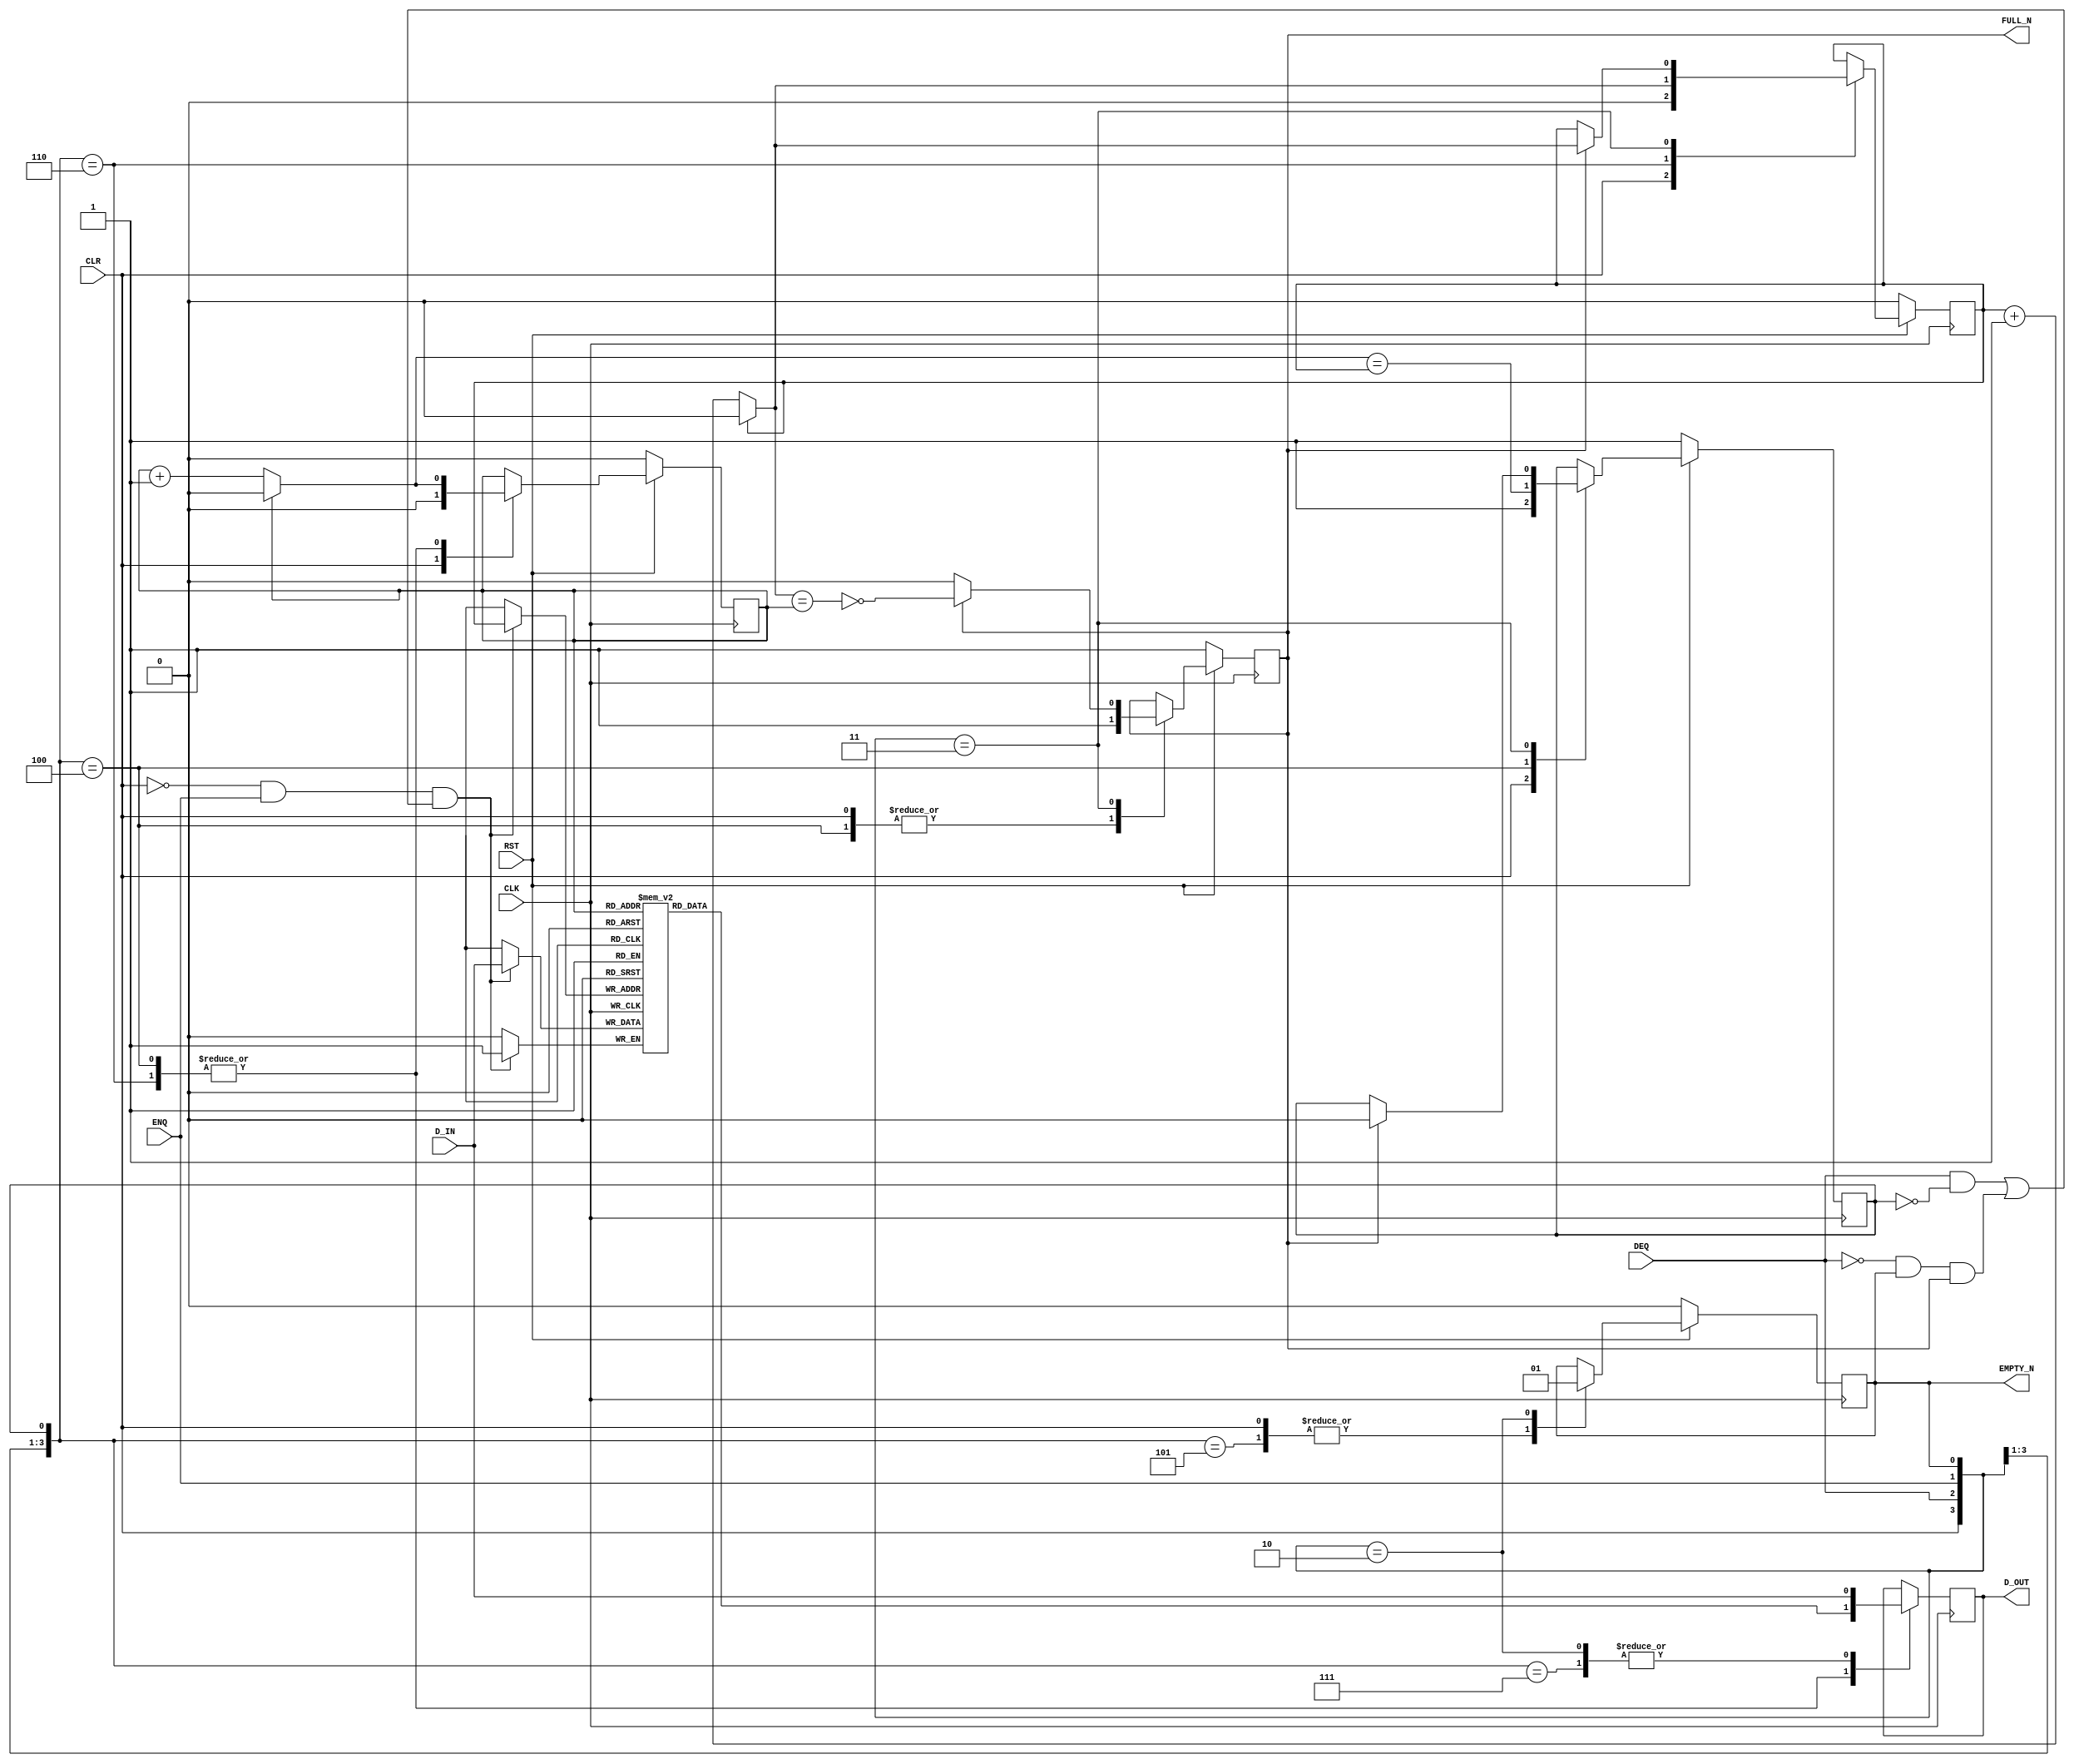
/*
    SPDX-License-Identifier: BSD-3-Clause

    SPDX-FileCopyrightText: Copyright (c) 2020 Bluespec, Inc. All rights reserved.
*/

`ifdef BSV_ASSIGNMENT_DELAY
`else
  `define BSV_ASSIGNMENT_DELAY
`endif

`ifdef BSV_POSITIVE_RESET
  `define BSV_RESET_VALUE 1'b1
  `define BSV_RESET_EDGE posedge
`else
  `define BSV_RESET_VALUE 1'b0
  `define BSV_RESET_EDGE negedge
`endif

`ifdef BSV_ASYNC_RESET
 `define BSV_ARESET_EDGE_META or `BSV_RESET_EDGE RST
`else
 `define BSV_ARESET_EDGE_META
`endif

`ifdef BSV_RESET_FIFO_HEAD
 `define BSV_ARESET_EDGE_HEAD `BSV_ARESET_EDGE_META
`else
 `define BSV_ARESET_EDGE_HEAD
`endif

`ifdef BSV_RESET_FIFO_ARRAY
 `define BSV_ARESET_EDGE_ARRAY `BSV_ARESET_EDGE_META
`else
 `define BSV_ARESET_EDGE_ARRAY
`endif


// Sized fifo.  Model has output register which improves timing
module SizedFIFO(CLK, RST, D_IN, ENQ, FULL_N, D_OUT, DEQ, EMPTY_N, CLR);
   parameter               p1width = 1; // data width
   parameter               p2depth = 3;
   parameter               p3cntr_width = 1; // log(p2depth-1)
   // The -1 is allowed since this model has a fast output register
   parameter               guarded = 1'b1;
   localparam              p2depth2 = (p2depth >= 2) ? (p2depth -2) : 0 ;

   input                   CLK;
   input                   RST;
   input                   CLR;
   input [p1width - 1 : 0] D_IN;
   input                   ENQ;
   input                   DEQ;

   output                  FULL_N;
   output                  EMPTY_N;
   output [p1width - 1 : 0] D_OUT;

   reg                      not_ring_full;
   reg                      ring_empty;

   reg [p3cntr_width-1 : 0] head;
   wire [p3cntr_width-1 : 0] next_head;

   reg [p3cntr_width-1 : 0]  tail;
   wire [p3cntr_width-1 : 0] next_tail;

   // if the depth is too small, don't create an ill-sized array;
   // instead, make a 1-sized array and let the initial block report an error
   (* RAM_STYLE = "DISTRIBUTED" *)
   reg [p1width - 1 : 0]     arr[0: p2depth2];

   reg [p1width - 1 : 0]     D_OUT;
   reg                       hasodata;

   wire [p3cntr_width-1:0]   depthLess2 = p2depth2[p3cntr_width-1:0] ;

   wire [p3cntr_width-1 : 0] incr_tail;
   wire [p3cntr_width-1 : 0] incr_head;

   assign                    incr_tail = tail + 1'b1 ;
   assign                    incr_head = head + 1'b1 ;

   assign    next_head = (head == depthLess2 ) ? {p3cntr_width{1'b0}} : incr_head ;
   assign    next_tail = (tail == depthLess2 ) ? {p3cntr_width{1'b0}} : incr_tail ;

   assign    EMPTY_N = hasodata;
   assign    FULL_N  = not_ring_full;

`ifdef BSV_NO_INITIAL_BLOCKS
`else // not BSV_NO_INITIAL_BLOCKS
   // synopsys translate_off
   initial
     begin : initial_block
        integer   i;
        D_OUT         = {((p1width + 1)/2){2'b10}} ;

        ring_empty    = 1'b1;
        not_ring_full = 1'b1;
        hasodata      = 1'b0;
        head          = {p3cntr_width {1'b0}} ;
        tail          = {p3cntr_width {1'b0}} ;

        for (i = 0; i <= p2depth2; i = i + 1)
          begin
             arr[i]   = D_OUT ;
          end
     end
   // synopsys translate_on
`endif // BSV_NO_INITIAL_BLOCKS


   always @(posedge CLK `BSV_ARESET_EDGE_META)
     begin
        if (RST == `BSV_RESET_VALUE)
          begin
             head <= `BSV_ASSIGNMENT_DELAY {p3cntr_width {1'b0}} ;
             tail <= `BSV_ASSIGNMENT_DELAY {p3cntr_width {1'b0}} ;
             ring_empty <= `BSV_ASSIGNMENT_DELAY 1'b1;
             not_ring_full <= `BSV_ASSIGNMENT_DELAY 1'b1;
             hasodata <= `BSV_ASSIGNMENT_DELAY 1'b0;
          end // if (RST == `BSV_RESET_VALUE)
        else
         begin

             casez ({CLR, DEQ, ENQ, hasodata, ring_empty})
               // Clear operation
               5'b1????: begin
                  head          <= `BSV_ASSIGNMENT_DELAY {p3cntr_width {1'b0}} ;
                  tail          <= `BSV_ASSIGNMENT_DELAY {p3cntr_width {1'b0}} ;
                  ring_empty    <= `BSV_ASSIGNMENT_DELAY 1'b1;
                  not_ring_full <= `BSV_ASSIGNMENT_DELAY 1'b1;
                  hasodata      <= `BSV_ASSIGNMENT_DELAY 1'b0;
               end
               // -----------------------
               // DEQ && ENQ case -- change head and tail if added to ring
               5'b011?0: begin
                  tail          <= `BSV_ASSIGNMENT_DELAY next_tail;
                  head          <= `BSV_ASSIGNMENT_DELAY next_head;
               end
               // -----------------------
               // DEQ only and NO data is in ring
               5'b010?1: begin
                  hasodata <= `BSV_ASSIGNMENT_DELAY 1'b0;
               end
               // DEQ only and data is in ring (move the head pointer)
               5'b010?0: begin
                  head          <= `BSV_ASSIGNMENT_DELAY next_head;
                  not_ring_full <= `BSV_ASSIGNMENT_DELAY 1'b1;
                  ring_empty    <= `BSV_ASSIGNMENT_DELAY next_head == tail ;
               end
               // -----------------------
               // ENQ only when empty
               5'b0010?: begin
                  hasodata      <= `BSV_ASSIGNMENT_DELAY 1'b1;
                  end
               // ENQ only when not empty
               5'b0011?: begin
                  if ( not_ring_full ) // Drop this test to save redundant test
                    // but be warnned that with test fifo overflow causes loss of new data
                    // while without test fifo drops all but head entry! (pointer overflow)
                   begin
                      tail          <= `BSV_ASSIGNMENT_DELAY next_tail;
                      ring_empty    <= `BSV_ASSIGNMENT_DELAY 1'b0;
                      not_ring_full <= `BSV_ASSIGNMENT_DELAY ! (next_tail == head) ;
                   end
               end
             endcase
         end // else: !if(RST == `BSV_RESET_VALUE)
     end // always @ (posedge CLK)

   // Update the fast data out register
   always @(posedge CLK `BSV_ARESET_EDGE_HEAD)
     begin
`ifdef  BSV_RESET_FIFO_HEAD
        if (RST == `BSV_RESET_VALUE)
          begin
             D_OUT    <= `BSV_ASSIGNMENT_DELAY {p1width {1'b0}} ;
          end // if (RST == `BSV_RESET_VALUE)
        else
`endif
        begin
             casez ({CLR, DEQ, ENQ, hasodata, ring_empty})
               // DEQ && ENQ cases
               5'b011?0: begin D_OUT <= `BSV_ASSIGNMENT_DELAY arr[head]; end
               5'b011?1: begin D_OUT <= `BSV_ASSIGNMENT_DELAY D_IN; end
               // DEQ only and data is in ring
               5'b010?0: begin D_OUT <= `BSV_ASSIGNMENT_DELAY arr[head]; end
               // ENQ only when empty
               5'b0010?: begin D_OUT <= `BSV_ASSIGNMENT_DELAY D_IN; end
             endcase
          end // else: !if(RST == `BSV_RESET_VALUE)
     end // always @ (posedge CLK)

   // Update the memory array  reset is OFF
   always @(posedge CLK `BSV_ARESET_EDGE_ARRAY)
     begin: array
`ifdef BSV_RESET_FIFO_ARRAY
        if (RST == `BSV_RESET_VALUE)
          begin: rst_array
             integer i;
             for (i = 0; i <= p2depth2 && p2depth > 2; i = i + 1)
               begin
                   arr[i]  <= `BSV_ASSIGNMENT_DELAY {p1width {1'b0}} ;
               end
          end // if (RST == `BSV_RESET_VALUE)
        else
`endif
         begin
            if (!CLR && ENQ && ((DEQ && !ring_empty) || (!DEQ && hasodata && not_ring_full)))
              begin
                 arr[tail] <= `BSV_ASSIGNMENT_DELAY D_IN;
              end
         end // else: !if(RST == `BSV_RESET_VALUE)
     end // always @ (posedge CLK)

   // synopsys translate_off
   always@(posedge CLK)
     begin: error_checks
        reg deqerror, enqerror ;

        deqerror =  0;
        enqerror = 0;
        if (RST == ! `BSV_RESET_VALUE)
           begin
              if ( ! EMPTY_N && DEQ )
                begin
                   deqerror = 1 ;
                   $display( "Warning: SizedFIFO: %m -- Dequeuing from empty fifo" ) ;
                end
              if ( ! FULL_N && ENQ && (!DEQ || guarded) )
                begin
                   enqerror =  1 ;
                   $display( "Warning: SizedFIFO: %m -- Enqueuing to a full fifo" ) ;
                end
           end
     end // block: error_checks
   // synopsys translate_on

   // synopsys translate_off
   // Some assertions about parameter values
   initial
     begin : parameter_assertions
        integer ok ;
        ok = 1 ;

        if ( p2depth <= 1)
          begin
             ok = 0;
             $display ( "Warning SizedFIFO: %m -- depth parameter increased from %0d to 2", p2depth);
          end

        if ( p3cntr_width <= 0 )
          begin
             ok = 0;
             $display ( "ERROR SizedFIFO: %m -- width parameter must be greater than 0" ) ;
          end

        if ( ok == 0 ) $finish ;

      end // initial begin
   // synopsys translate_on

endmodule